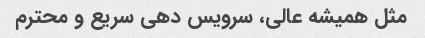
مثل همیشه عالى، سرویس دهى سریع و محترم